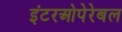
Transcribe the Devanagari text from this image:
इंटरओपेरेबल